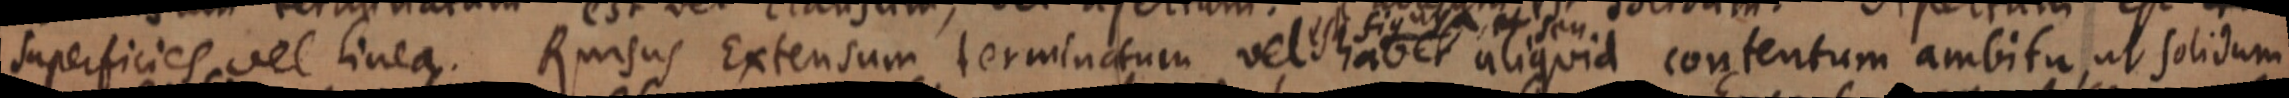
superficies vel linea. Rursus Extensum terminatum vel est habet aliquid contentum ambitu, ut Solidum